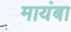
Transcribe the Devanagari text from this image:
मायंबा